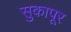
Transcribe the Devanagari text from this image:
सुकापूर